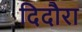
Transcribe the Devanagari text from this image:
दिदौरा